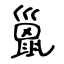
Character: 巤